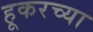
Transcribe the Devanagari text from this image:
हूकरच्या